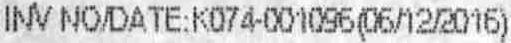
INV NO/DATE:K074-001096(06/12/2016)